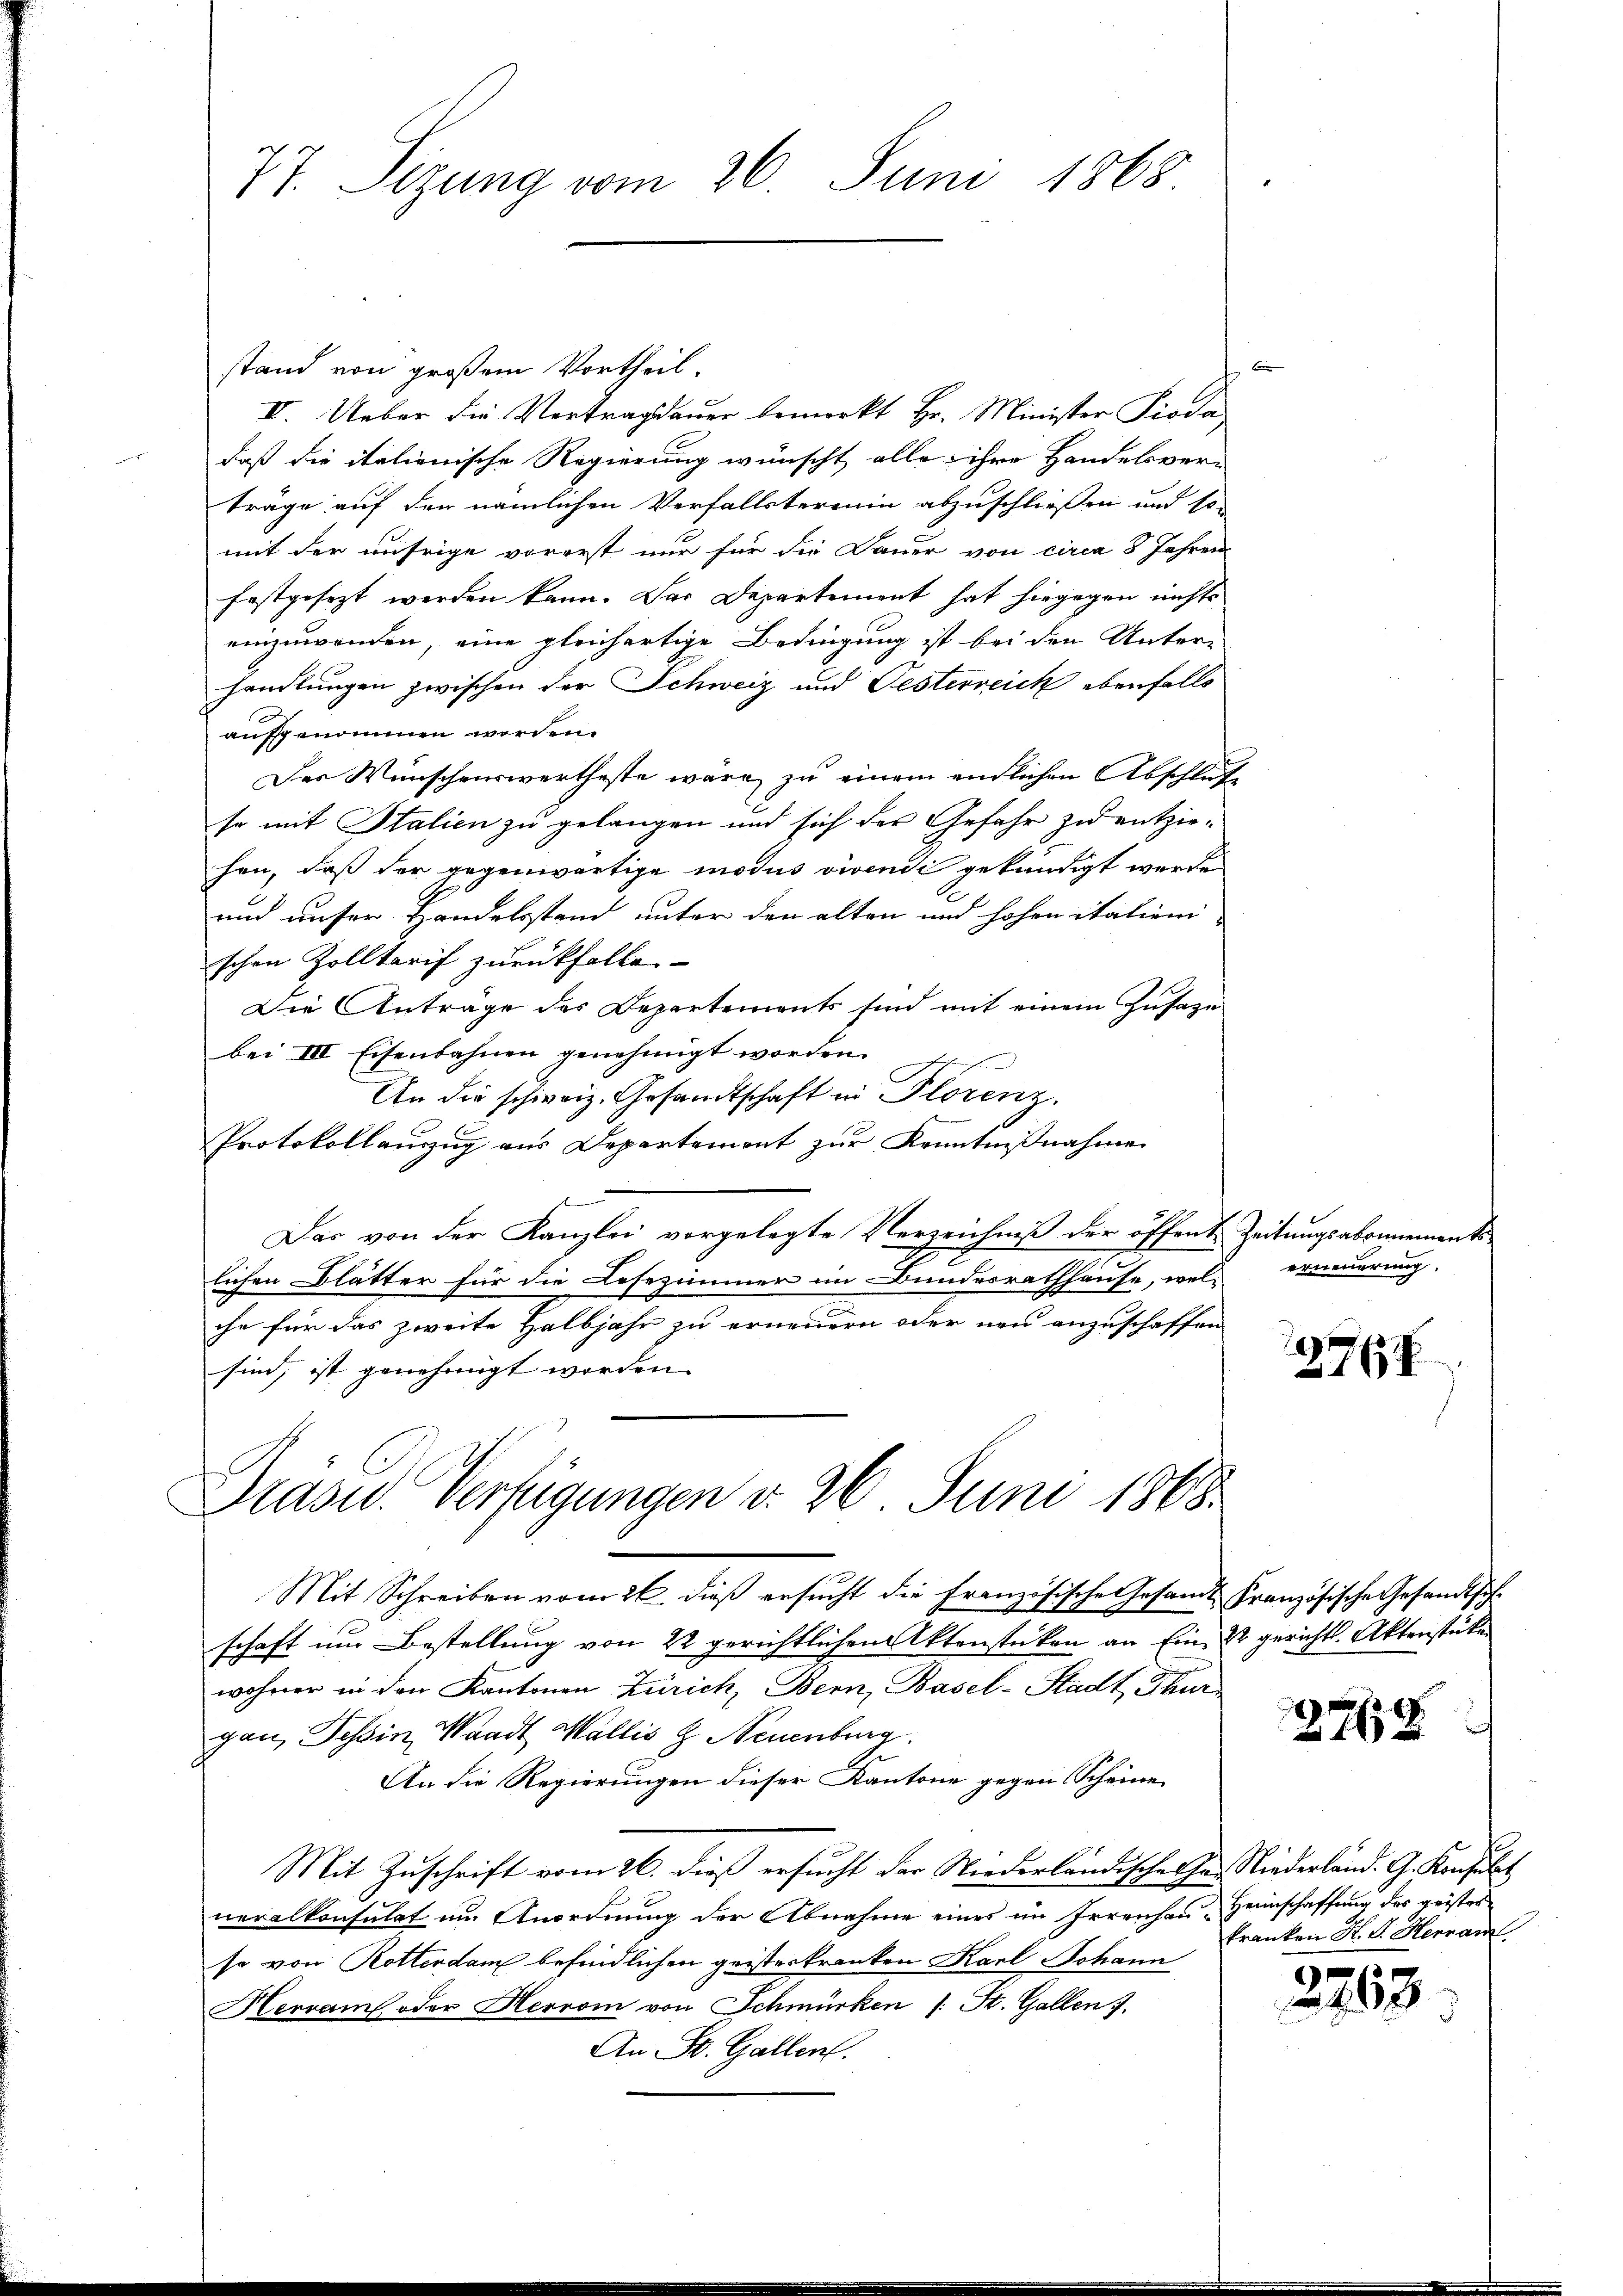
77. Sizung vom 26. Juni 1868.

m
stand von großem Vortheil.
VV. Ueber die Vertragsdauer bemerkt Hr. Minister Pioda,
daß die italienische Regierung wünscht alle ihre Handelsver-
träge auf den nämlichen Verfallsterenin abzuschließen und so
mit der unsrige vorerst nur für die Dauer von circa 8 Jahren
festgesezt werden kann. Das Departement hat hiegegen nichts
einzuwenden, eine gleichartige Bedingung ist bei den Unter-
handlungen zwischen der Schweiz und Festerreich ebenfalls
aufgenommen worden.
Des Wünschenswertheste wäre, zu einem endlichen Abschluß
so mit Italien zu gelangen und sich der Gefahr zu entzie-
hen, daß der gegenwärtige modus vivendi gekündigt werde
und unser Handelsstand unter den alten und hohen italien
schen Zolltarif zurückfalle.
Die Anträge des Departements sind mit einem Zusage
bei III Eisenbahnen genehmigt worden.
An die schweiz. Gesandtschaft in Florenz
Protokollauszug aus Departement zur Kenntnißnahme
Das von der Kanzlei vorgelegte Verzeichniß der öffent Zeitungsabonnements
lichen Blätter für die Lesezimmer im Bundesrathhause, wel erneuerung.
che für das zweite Halbjahr zu erneuern oder neu anzuschaffen
sind, ist genehmigt worden.

Prasw. Verfügungen d. 26. Juni 1868.

Mit Schreiben vom 26. dieß ersucht die Französische Gesamt Französische Gesandtschschaft um Bestellung von 22 gerichtlichen Aktenstücken an Ein 2 gerichts. Aktenstücken
wohner in den Kantonen Zürich, Bern, Basel-Stadt Thurgan, Tessin, Waadt Wallis Z Neuenburg.
An die Regierungen dieser Kantone gegen Scheine
Mit Zuschrift vom 26. dieß ersucht der Niederländischehe. Niederländ. G. Konsulat
neralkonsulat um Anordnung der Abnahme eines im Irrenhau-Heimschaffung des geistes
so von Rotterdam befindlichen geisterkranken Karl Johann
Hervam oder Herrom von Schmürken (: St. Gallen J.
An St. Gallen.

8767

278

kranken H. V. Herrai

2753